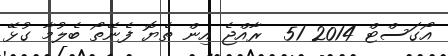
އޯގަސްޓް 2014 51  ރާއްޖެ އިން ތެޔޮ ފެނޭތޯ ބެލުމާ ގުޅޭ